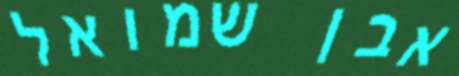
אבן שמואל